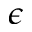
\epsilon